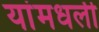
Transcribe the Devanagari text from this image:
यांमधली